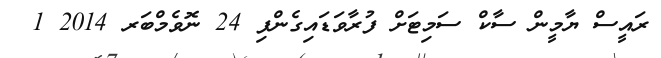
ރައީސް ޔާމީން ސާކް ސަމިޓަށް ފުރާވަޑައިގެންފި 24 ނޮވެމްބަރ 2014 1